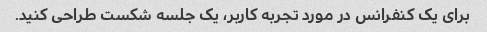
برای یک کنفرانس در مورد تجربه کاربر، یک جلسه شکست طراحی کنید.